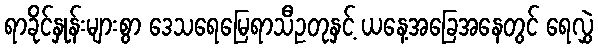
ရာခိုင်နှုန်းများစွာ ဒေသရေမြေရာသီဥတုနှင့် ယနေ့အခြေအနေတွင် ရေလွှဲ